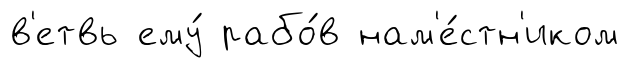
в'етвь ему́ рабо́в нам'е́стн'иком